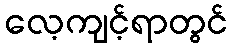
လေ့ကျင့်ရာတွင်